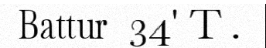
Battur  34' T .